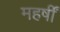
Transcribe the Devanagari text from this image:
महर्षीं